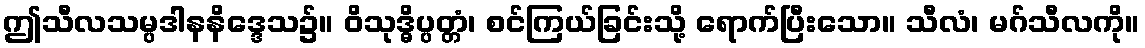
ဤသီလသမ္ပဒါနနိဒ္ဒေသ၌။ ဝိသုဒ္ဓိပ္ပတ္တံ၊ စင်ကြယ်ခြင်းသို့ ရောက်ပြီးသော။ သီလံ၊ မဂ်သီလကို။